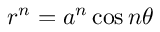
r ^ { n } = a ^ { n } \cos n \theta